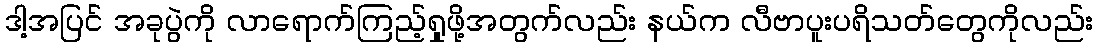
ဒါ့အပြင် အခုပွဲကို လာရောက်ကြည့်ရှုဖို့အတွက်လည်း နယ်က လီဗာပူးပရိသတ်တွေကိုလည်း